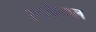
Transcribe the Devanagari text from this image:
रूटकैनाल